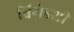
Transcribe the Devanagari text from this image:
ब्रिगेडशी